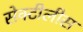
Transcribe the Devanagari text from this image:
सेक्टीलीस